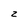
Character: z